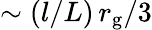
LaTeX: \sim(l/L)\, r_{\mathrm{g}}/3